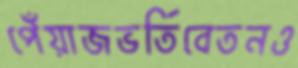
পেঁয়াজভর্তিবেতনও